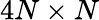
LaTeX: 4N\times N